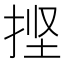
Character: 𰓱